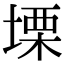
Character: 塛